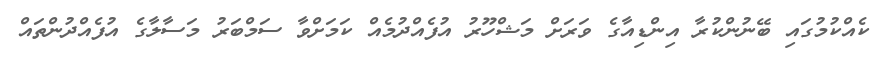
ކެއްކުމުގައި ބޭނުންކުރާ އިންޑިއާގެ ވަރަށް މަޝްހޫރު އުފެއްދުމެއް ކަމަށްވާ ސަމްބަރު މަސާލާގެ އުފެއްދުންތައް